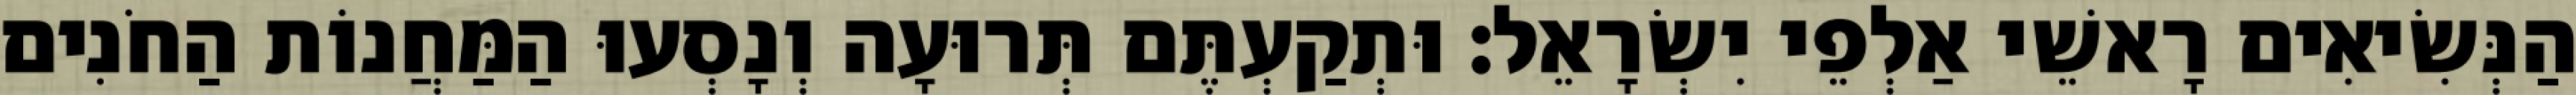
הַנְּשִׂיאִים רָאשֵׁי אַלְפֵי יִשְׂרָאֵל׃ וּתְקַעְתֶּם תְּרוּעָה וְנָסְעוּ הַמַּחֲנוֹת הַחֹנִים